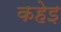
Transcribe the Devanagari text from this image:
कहेइ